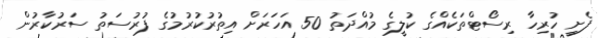
ފެށީ ހުރިހާ ރިސޯޓްތަކެއްގެ ކުލީގެ މުއްދަތު 50 އަހަރަށް އިތުރުކުރުމުގެ ފުރުސަތު ސަރުކާރުން